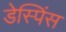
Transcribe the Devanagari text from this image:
डेस्पिंस